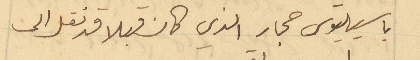
باسيليوس حجار الذي كان قبلا قد نقل الى